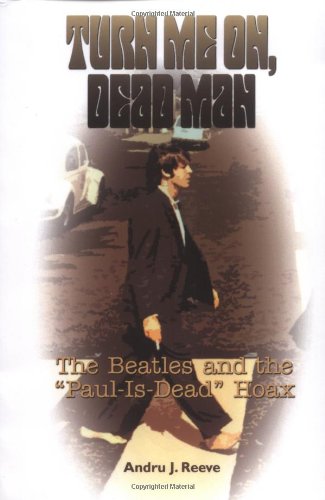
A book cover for Turn Me On, Dead Man: The Beatles and the "Paul Is Dead" Hoax; Andru J. Reeve; Biographies & Memoirs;